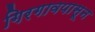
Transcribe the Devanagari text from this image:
गिरगावपासून